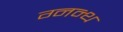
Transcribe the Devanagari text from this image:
ग्नन्थ